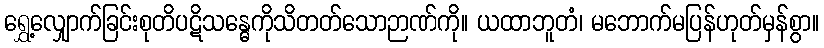
ရွှေ့လျှောက်ခြင်းစုတိပဋိသန္ဓေကိုသိတတ်သောဉာဏ်ကို။ ယထာဘူတံ၊ မဘောက်မပြန်ဟုတ်မှန်စွာ။